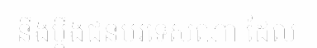
នឹងប្តឹងជនបរទេសណា ដែល